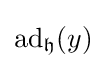
\operatorname {ad} _{\mathfrak {h}}(y)